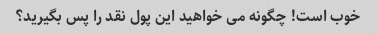
خوب است! چگونه می خواهید این پول نقد را پس بگیرید؟